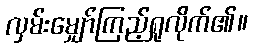
လှမ်းမျှော်ကြည့်ရှုလိုက်၏။